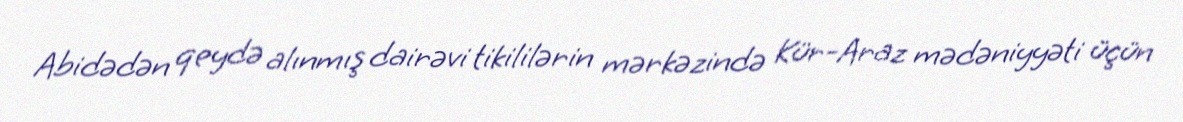
Abidədən qeydə alınmış dairəvi tikililərin mərkəzində Kür-Araz mədəniyyəti üçün